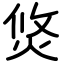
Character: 焂